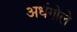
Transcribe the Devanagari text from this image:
अर्धगोले